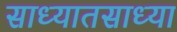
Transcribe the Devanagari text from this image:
साध्यातसाध्या